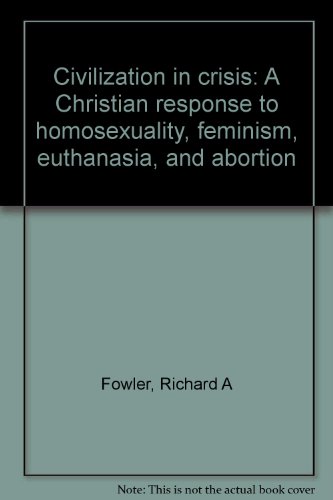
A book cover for Civilization in crisis: A Christian response to homosexuality, feminism, euthanasia, and abortion; Richard A Fowler; Medical Books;